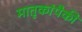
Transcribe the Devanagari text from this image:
मातृकांपैकी